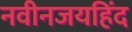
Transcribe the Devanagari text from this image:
नवीनजयहिंद